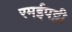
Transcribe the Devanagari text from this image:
रमईपट्टी